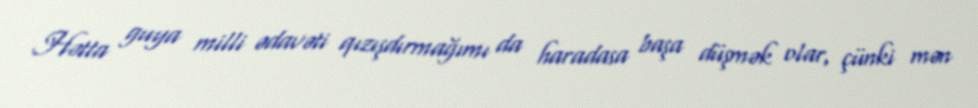
Hətta guya milli ədavəti qızışdırmağımı da haradasa başa düşmək olar, çünki mən